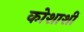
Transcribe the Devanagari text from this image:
कोशाशीं